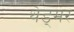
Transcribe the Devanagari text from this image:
थेड्मर